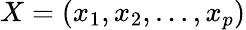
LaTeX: X=(x_{1},x_{2},\ldots,x_{p})